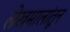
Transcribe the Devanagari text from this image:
लेखमालांतून